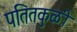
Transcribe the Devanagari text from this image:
पतितकुळी